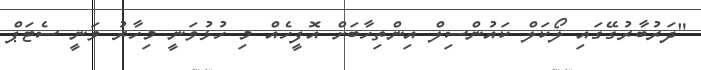
"ދަރުބާރުގޭގައި ލޯކަލް ކައުންސިލް އިންތިހާބަށް އޮފީހެއް މި ހުޅުވަނީ މިހާރު ވަނީ ސެޓަޕް